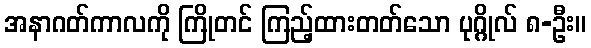
အနာဂတ်ကာလကို ကြိုတင် ကြည့်ထားတတ်သော ပုဂ္ဂိုလ် ၈-ဦး။